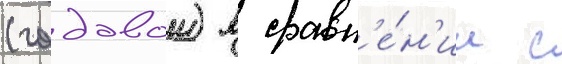
(годовои) в сравн'е́н'ии с